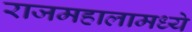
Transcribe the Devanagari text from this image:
राजमहालामध्ये